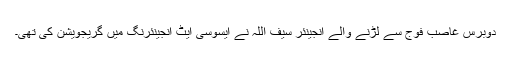
دوبرس غاصب فوج سے لڑنے والے انجینئر سیف اللہ نے ایسوسی ایٹ انجینئرنگ میں گریجویشن کی تھی۔